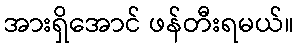
အားရှိအောင် ဖန်တီးရမယ်။